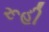
રૂહી